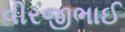
વીરજીભાઈ